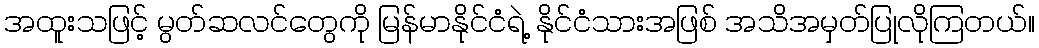
အထူးသဖြင့် မွတ်ဆလင်တွေကို မြန်မာနိုင်ငံရဲ့ နိုင်ငံသားအဖြစ် အသိအမှတ်ပြုလိုကြတယ်။